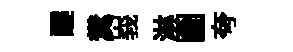
醍糞峩淋圗夸